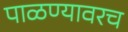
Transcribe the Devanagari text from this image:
पाळण्यावरच